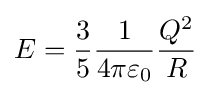
E={\frac {3}{5}}{\frac {1}{4\pi \varepsilon _{0}}}{\frac {Q^{2}}{R}}